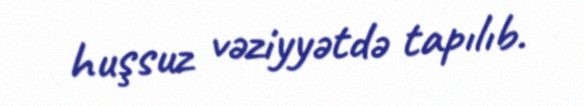
huşsuz vəziyyətdə tapılıb.